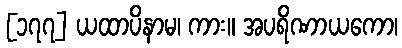
[၁၇၇] ယထာပိနာမ၊ ကား။ အပရိဏာယကော၊